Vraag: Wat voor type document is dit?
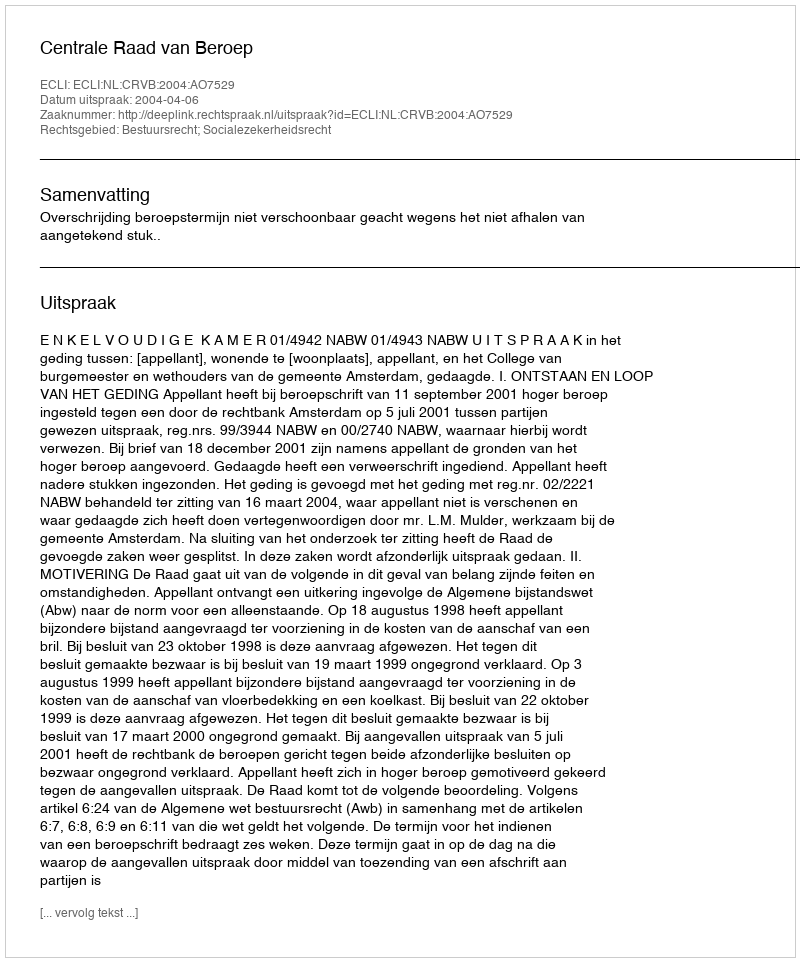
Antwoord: Uitspraak